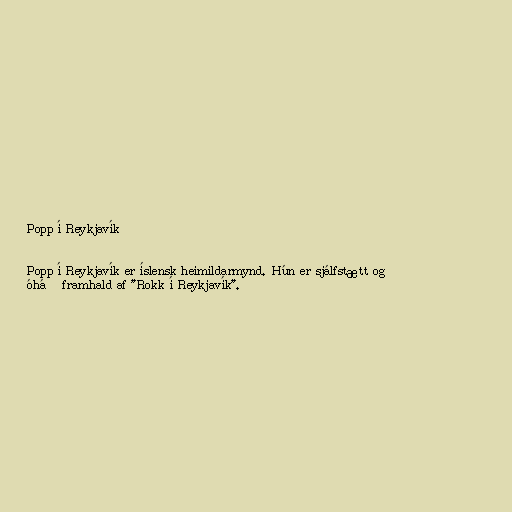
Popp í Reykjavík

Popp í Reykjavík er íslensk heimildarmynd. Hún er sjálfstætt og
óháð framhald af "Rokk í Reykjavík".